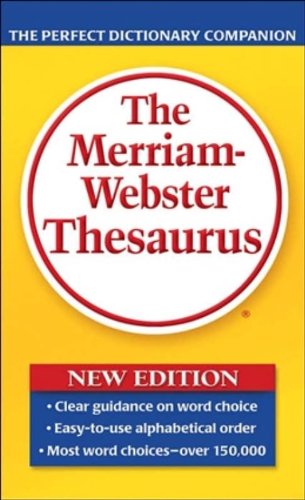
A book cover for The Merriam-Webster Thesaurus; Reference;